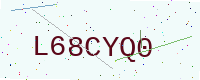
Text: L68CYQ0